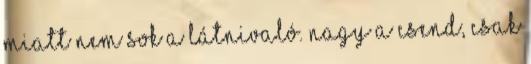
miatt nem sok a látnivaló. Nagy a csend, csak